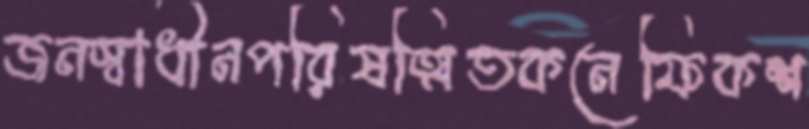
জনস্বাধীনপরিষত্মিতকনেফিকশ